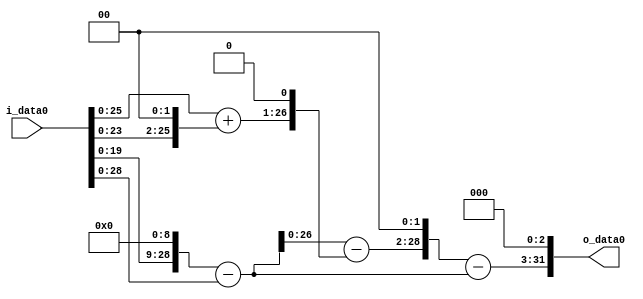
module multiplier_block_91 (
    i_data0,
    o_data0
);
  input   [31:0] i_data0;
  output  [31:0]
    o_data0;
  wire [31:0]
    w1,
    w512,
    w511,
    w4,
    w5,
    w10,
    w501,
    w2004,
    w1493,
    w11944;
  assign w1 = i_data0;
  assign w10 = w5 << 1;
  assign w11944 = w1493 << 3;
  assign w1493 = w2004 - w511;
  assign w2004 = w501 << 2;
  assign w4 = w1 << 2;
  assign w5 = w1 + w4;
  assign w501 = w511 - w10;
  assign w511 = w512 - w1;
  assign w512 = w1 << 9;
  assign o_data0 = w11944;
endmodule